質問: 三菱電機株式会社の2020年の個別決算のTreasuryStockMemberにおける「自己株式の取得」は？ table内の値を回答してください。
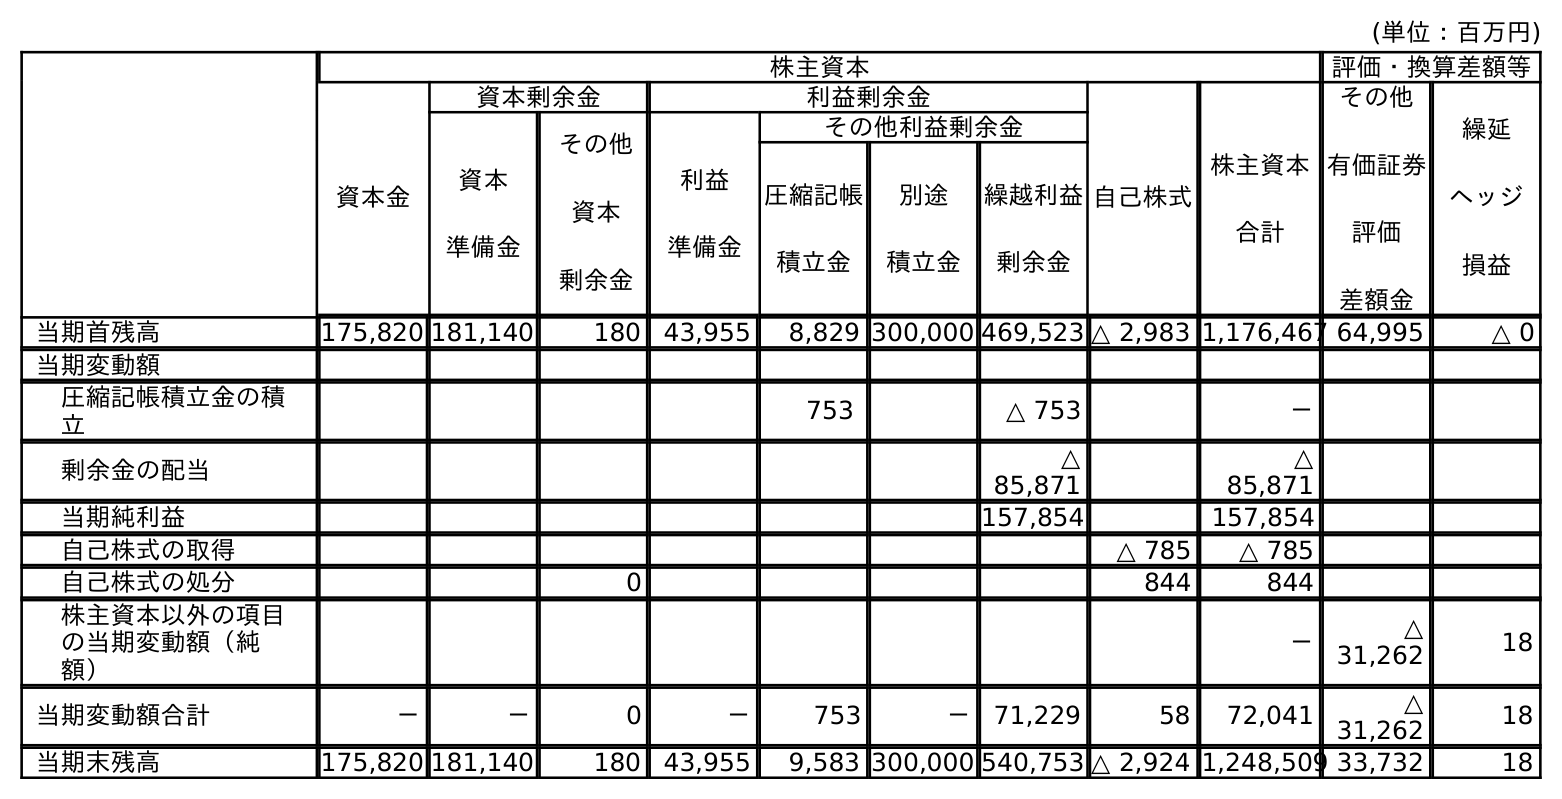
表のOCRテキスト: (単位：百万円) 株主資本 評価・換算差額等 資本金 資本剰余金 利益剰余金 自己株式 株主資本 合計 その他 有価証券 評価 差額金 繰延 ヘッジ 損益 資本 準備金 その他 資本 剰余金 利益 準備金 その他利益剰余金 圧縮記帳 積立金 別途 積立金 繰越利益 剰余金 当期首残高 175,820 181,140 180 43,955 8,829 300,000 469,523 △ 2,983 1,176,467 64,995 △ 0 当期変動額 圧縮記帳積立金の積 立 753 △ 753 － 剰余金の配当 △ 85,871 △ 85,871 当期純利益 157,854 157,854 自己株式の取得 △ 785 △ 785 自己株式の処分 0 844 844 株主資本以外の項目 の当期変動額（純 額） － △ 31,262 18 当期変動額合計 － － 0 － 753 － 71,229 58 72,041 △ 31,262 18 当期末残高 175,820 181,140 180 43,955 9,583 300,000 540,753 △ 2,924 1,248,509 33,732 18
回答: △785